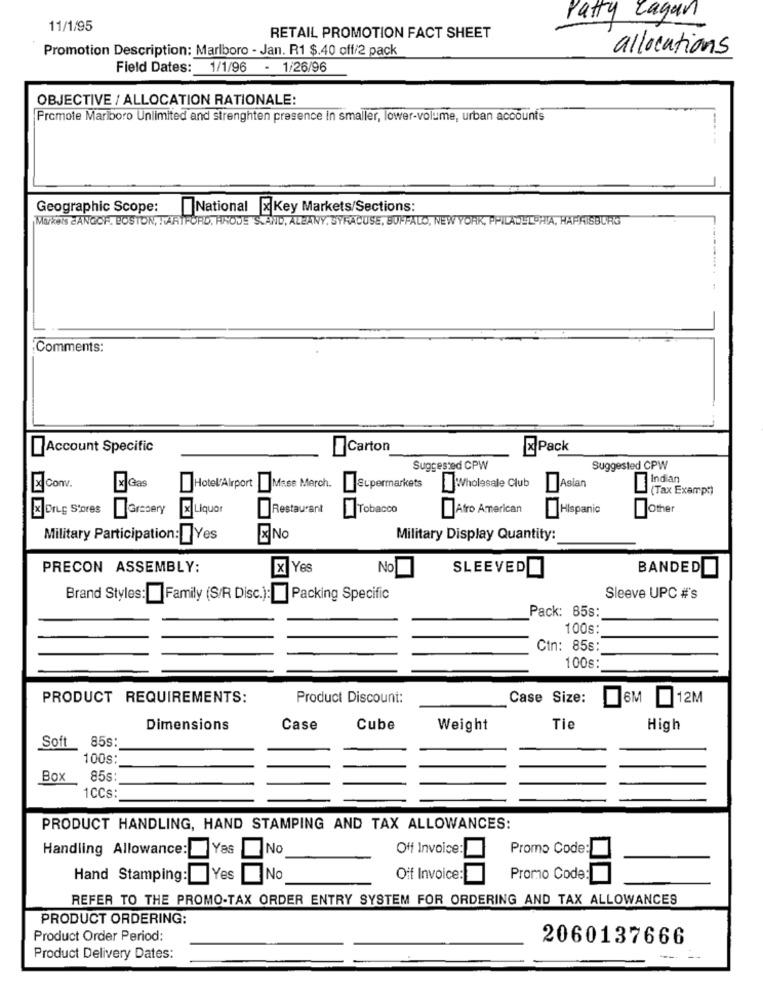
Patty Eagan
11/1/95
RETAIL PROMOTION FACT SHEET
Promotion Description: Marlboro - Jan. R1 $.40 off/2 pack
allocations
Field Dates: 1/1/96 - 1/26/96
OBJECTIVE / ALLOCATION RATIONALE:
Promote Mariboro Unlimited and strenghten presence in smaller, lower-volume, urban accounts
-----
Geographic Scope:
National x Key Markets/Sections:
Markets ZANGICH, BOSTON, HARTFORD, HADDE S.AND, ALBANY, SYRACUSE, BUFFALO, NEW YORK, PHILADELPHIA, HARRISBURG
:Comments:
Account Specific
Carton
Pack
Suggested CPW
Suggested CPW
Asian
Indian
Gas
Hotel'Airport Mise March.
Supermarkets
Wholesale Club
(Tax Exempt)
x Drug Stores
Iarcsery
Liquor
Restaurant
Tobacco
Afro American
Hispanic
Other
Military Participation: Yes
No
Military Display Quantity:
PRECON ASSEMBLY:
xYes
No
SLEEVED
BANDED
Brand Styles:
Family (S/R Disc.): | Packing Specific
Sleeve UPC #'s
Pack: 85s:
100s:
Cin: 85s
100s
PRODUCT REQUIREMENTS:
Product Discount:
Case Size:
6M 12M
Dimensions
Case
Cube
Weight
Tie
High
Soft
85s:
100s
Box
85s
1CCs:
PRODUCT HANDLING, HAND STAMPING AND TAX ALLOWANCES:
Handling Allowance:
Yas
No
Off Invoice:
Promo Code
Hand Stamping: Yes
No
Oif Invoice:
Promo Code
REFER TO THE PROMO-TAX ORDER ENTRY SYSTEM FOR ORDERING AND TAX ALLOWANCES
PRODUCT ORDERING:
Product Order Period:
2060137666
Product Delivery Dates: